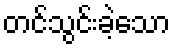
တင်သွင်းခဲ့သော